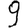
Digit: 9